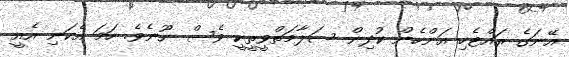
އޭނަގެ ރައްޓެހި އަންހެން ކުދިން ސަލާމަތްވީތީކީ ވެސް ނޫނެވެ. ހަމަ އެކަނި އެއީ